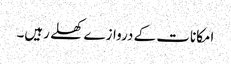
امکانات کے دروازے کھلے رہیں۔